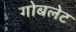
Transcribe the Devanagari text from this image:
गोबलेट